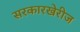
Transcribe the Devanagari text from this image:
सरकारखेरीज